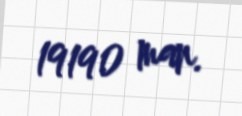
19190 man.